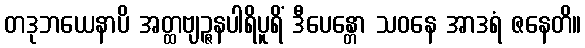
တဒုဘယေနာပိ အတ္ထဗျဉ္ဇနပါရိပူရိံ ဒီပေန္တော သဝနေ အာဒရံ ဇနေတိ။